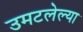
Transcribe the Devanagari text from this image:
उमटलेल्या